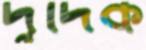
দুদিক